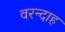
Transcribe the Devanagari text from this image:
वरन्दाह